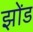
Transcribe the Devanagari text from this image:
झोंड